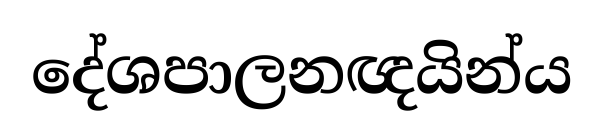
දේශපාලනඥයින්ය